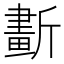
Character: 𣃂